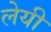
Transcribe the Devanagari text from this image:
लेयी